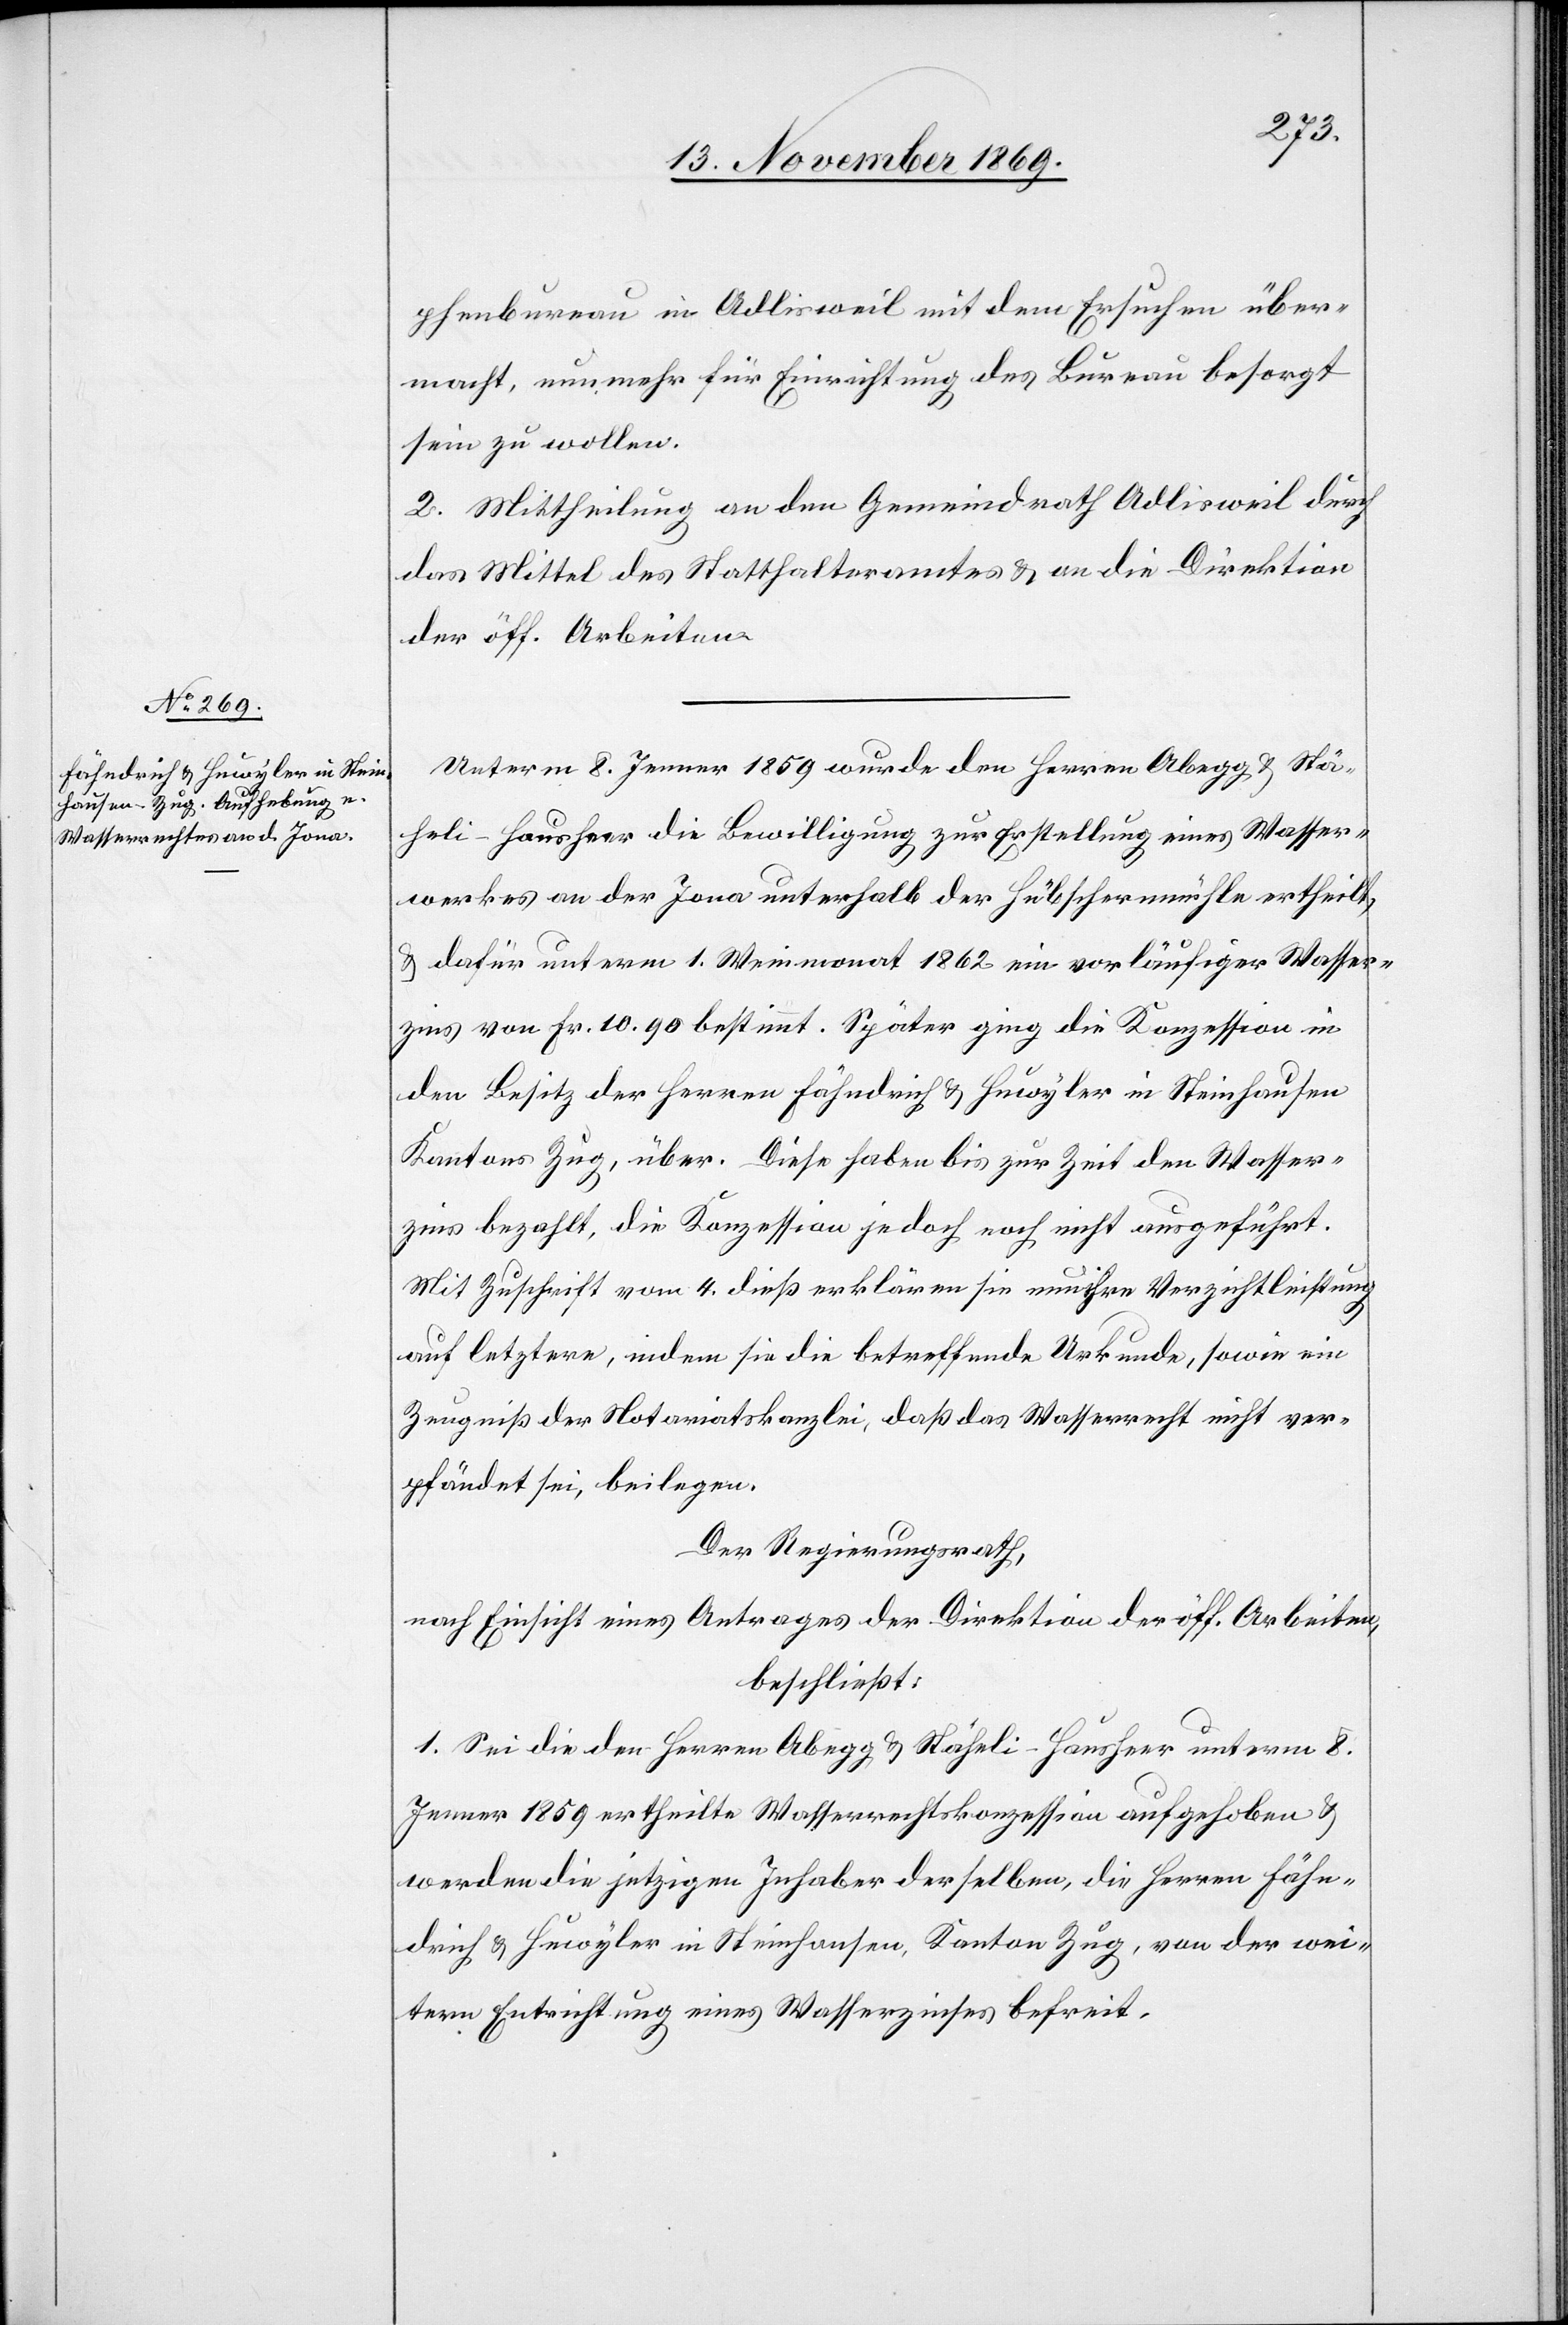
phenbureau in Adlisweil mit dem Ersuchen über¬
macht, nunmehr für Einrichtung des Bureau besorgt
sein zu wollen.
2. Mittheilung an den Gemeindrath Adlisweil durch
das Mittel des Statthalteramtes & an die Direktion
der öff. Arbeiten.
Unterm 8. Jenner 1859 wurde den Herren Abegg & Stä¬
heli-Hausheer die Bewilligung zur Erstellung eines Wasser¬
werkes an der Jona unterhalb der Hübschernmühle ertheilt,
& dafür unterm 1. Weinmonat 1862 ein vorläufiger Wasser¬
zins von Fr. 10.90 bestimmt. Später ging die Konzession in
den Besitz der Herren Fähndrich & Huwyler in Steinhausen
Kantons Zug, über. Diese haben bis zur Zeit den Wasser¬
zins bezahlt, die Konzession jedoch noch nicht ausgeführt.
Mit Zuschrift vom 4. dieß erklären sie nun ihre Verzichtleistung
auf letzterem, indem sie die betreffende Urkunde, sowie ein
Zeugniß der Notariatskanzlei, daß das Wasserrecht nicht ver¬
pfändet sei, beilegen.
Der Regierungsrath,
nach Einsicht eines Antrages der Direktion der öff. Arbeiten,
beschließt:
1. Sei die den Herren Abegg & Stäheli-Hausheer unterm 8.
Jenner 1859 ertheilte Wasserrechtskonzession aufgehoben &
werden die jetzigen Inhaber derselben, die Herren Fähn¬
drich & Huwyler in Steinhausen, Kanton Zug, von der wei¬
tern Entrichtung eines Wasserzinses befreit.